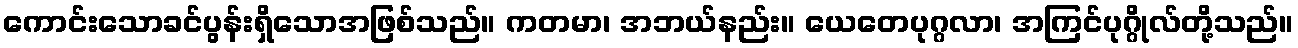
ကောင်းသောခင်ပွန်းရှိသောအဖြစ်သည်။ ကတမာ၊ အဘယ်နည်း။ ယေတေပုဂ္ဂလာ၊ အကြင်ပုဂ္ဂိုလ်တို့သည်။